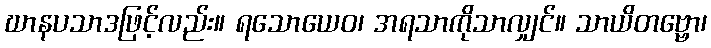
ဃာနပသာဒဖြင့်လည်း။ ရသောယေဝ၊ အရသာကိုသာလျှင်။ သာယိတဗ္ဗော၊